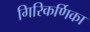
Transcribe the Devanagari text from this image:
गिरिकर्णिका